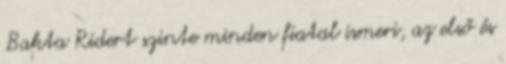
Bakta Ridert szinte minden fiatal ismeri, az első és